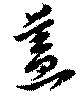
盖